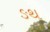
ઙથ